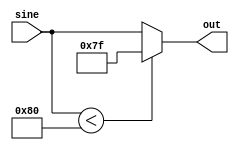
`timescale 1ns/1ns

module half_wave(input [7:0] sine, output reg [7:0] out);
  always @(sine)
  begin
    if (sine < 8'd128)
      out = 8'd127;
    else
      out = sine;
  end
endmodule